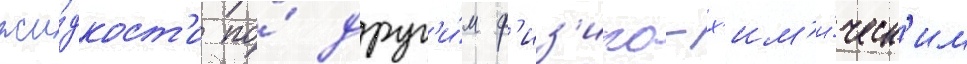
жи́дкост'и по́ друг'и́м ф'из'ико-х'им'и́ческ'им